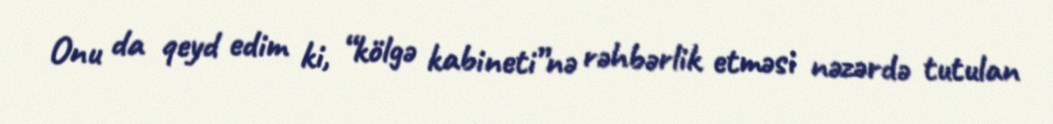
Onu da qeyd edim ki, “kölgə kabineti”nə rəhbərlik etməsi nəzərdə tutulan